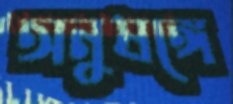
অনুষঙ্গে